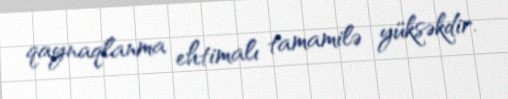
qaynaqlanma ehtimalı tamamilə yüksəkdir.